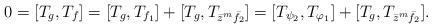
LaTeX: \begin{align*}0 = [T_{g},T_{f}] = [T_{g},T_{f_1}]+[T_{g},T_{\bar{z}^m\bar{f_2}}] = [T_{\psi_2},T_{\varphi_1}]+[T_{g},T_{\bar{z}^m\bar{f_2}}].\end{align*}